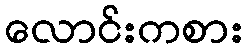
လောင်းကစား